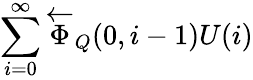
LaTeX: \sum_{i=0}^{\infty}\overleftarrow{\Phi}_{Q}(0,i-1)U(i)